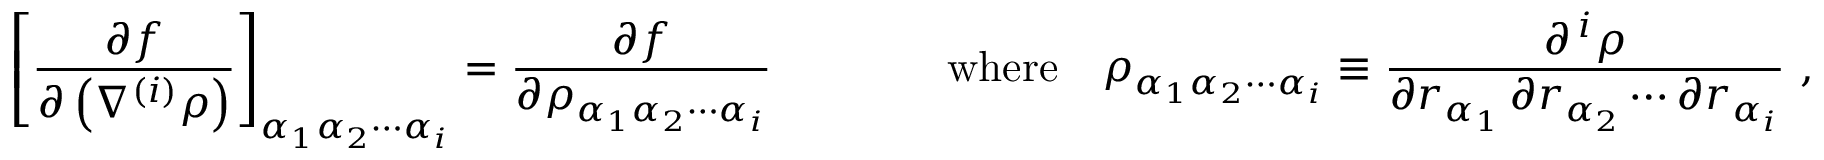
\left[ { \frac { \partial f } { \partial \left( \nabla ^ { ( i ) } \rho \right) } } \right] _ { \alpha _ { 1 } \alpha _ { 2 } \cdots \alpha _ { i } } = { \frac { \partial f } { \partial \rho _ { \alpha _ { 1 } \alpha _ { 2 } \cdots \alpha _ { i } } } } \qquad \qquad { \mathrm { w h e r e } } \quad \rho _ { \alpha _ { 1 } \alpha _ { 2 } \cdots \alpha _ { i } } \equiv { \frac { \partial ^ { \, i } \rho } { \partial r _ { \alpha _ { 1 } } \, \partial r _ { \alpha _ { 2 } } \cdots \partial r _ { \alpha _ { i } } } } \ ,